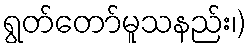
ရွတ်တော်မူသနည်း၊)